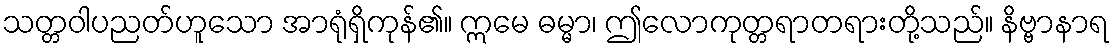
သတ္တဝါပညတ်ဟူသော အာရုံရှိကုန်၏။ ဣမေ ဓမ္မာ၊ ဤလောကုတ္တရာတရားတို့သည်။ နိဗ္ဗာနာရ